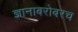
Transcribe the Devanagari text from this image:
ज्ञानाबरोबरच